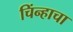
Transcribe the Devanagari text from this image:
चिंन्हाचा